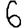
Digit: 6